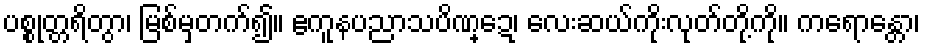
ပစ္စုတ္တရိတွာ၊ မြစ်မှတက်၍။ ဧကူနပညာသပိဏ္ဍေ၊ လေးဆယ်ကိုးလုတ်တို့ကို။ ကရောန္တော၊